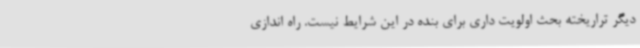
دیگر تراریخته بحث اولویت داری برای بنده در این شرایط نیست. راه اندازی